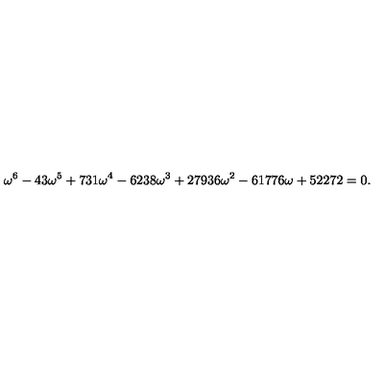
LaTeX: \omega ^ { 6 } - 4 3 \omega ^ { 5 } + 7 3 1 \omega ^ { 4 } - 6 2 3 8 \omega ^ { 3 } + 2 7 9 3 6 \omega ^ { 2 } - 6 1 7 7 6 \omega + 5 2 2 7 2 = 0 .